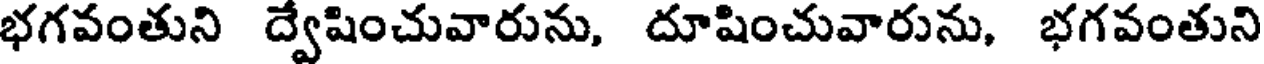
భగవంతుని ద్వేషించువారును, దూషించువారును, భగవంతుని